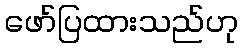
ဖော်ပြထားသည်ဟု